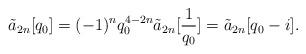
LaTeX: \begin{align*}\tilde{a}_{2n}[q_{0}]=(-1)^{n}q_{0}^{4-2n}\tilde{a}_{2n}[\frac{1}{q_{0}}]=\tilde{a}_{2n}[q_{0}-i].\end{align*}